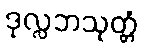
ဒုလ္လဘသုတ္တံ